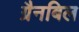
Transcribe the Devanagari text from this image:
ग्रैनबिल